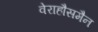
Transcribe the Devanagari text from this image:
वेराहौसमैन